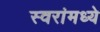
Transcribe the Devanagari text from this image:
स्वरांमध्ये